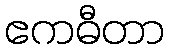
ဧကဓီတာ